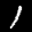
Label: 1